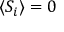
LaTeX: \langle S _ { i } \rangle = 0